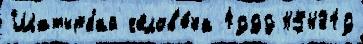
Шатырбай челов'е́ка 1999 454319